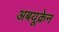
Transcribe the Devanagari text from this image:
अबयूक्रेन